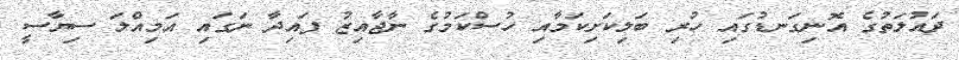
ދައުލަތުގެ އޮނިގަނޑުގައި ހުރި ބަލިކަށިކަމާއި ހުސްކަމުގެ ނާޖާއިޒު ފައިދާ ނަގައި އަމިއްލަ ސިޔާސީ